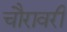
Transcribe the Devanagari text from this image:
चौरावरी